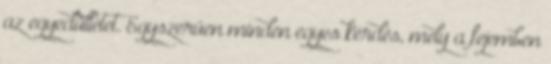
az egyedüllétet. Egyszerűen minden egyes kérdés, mely a fejemben